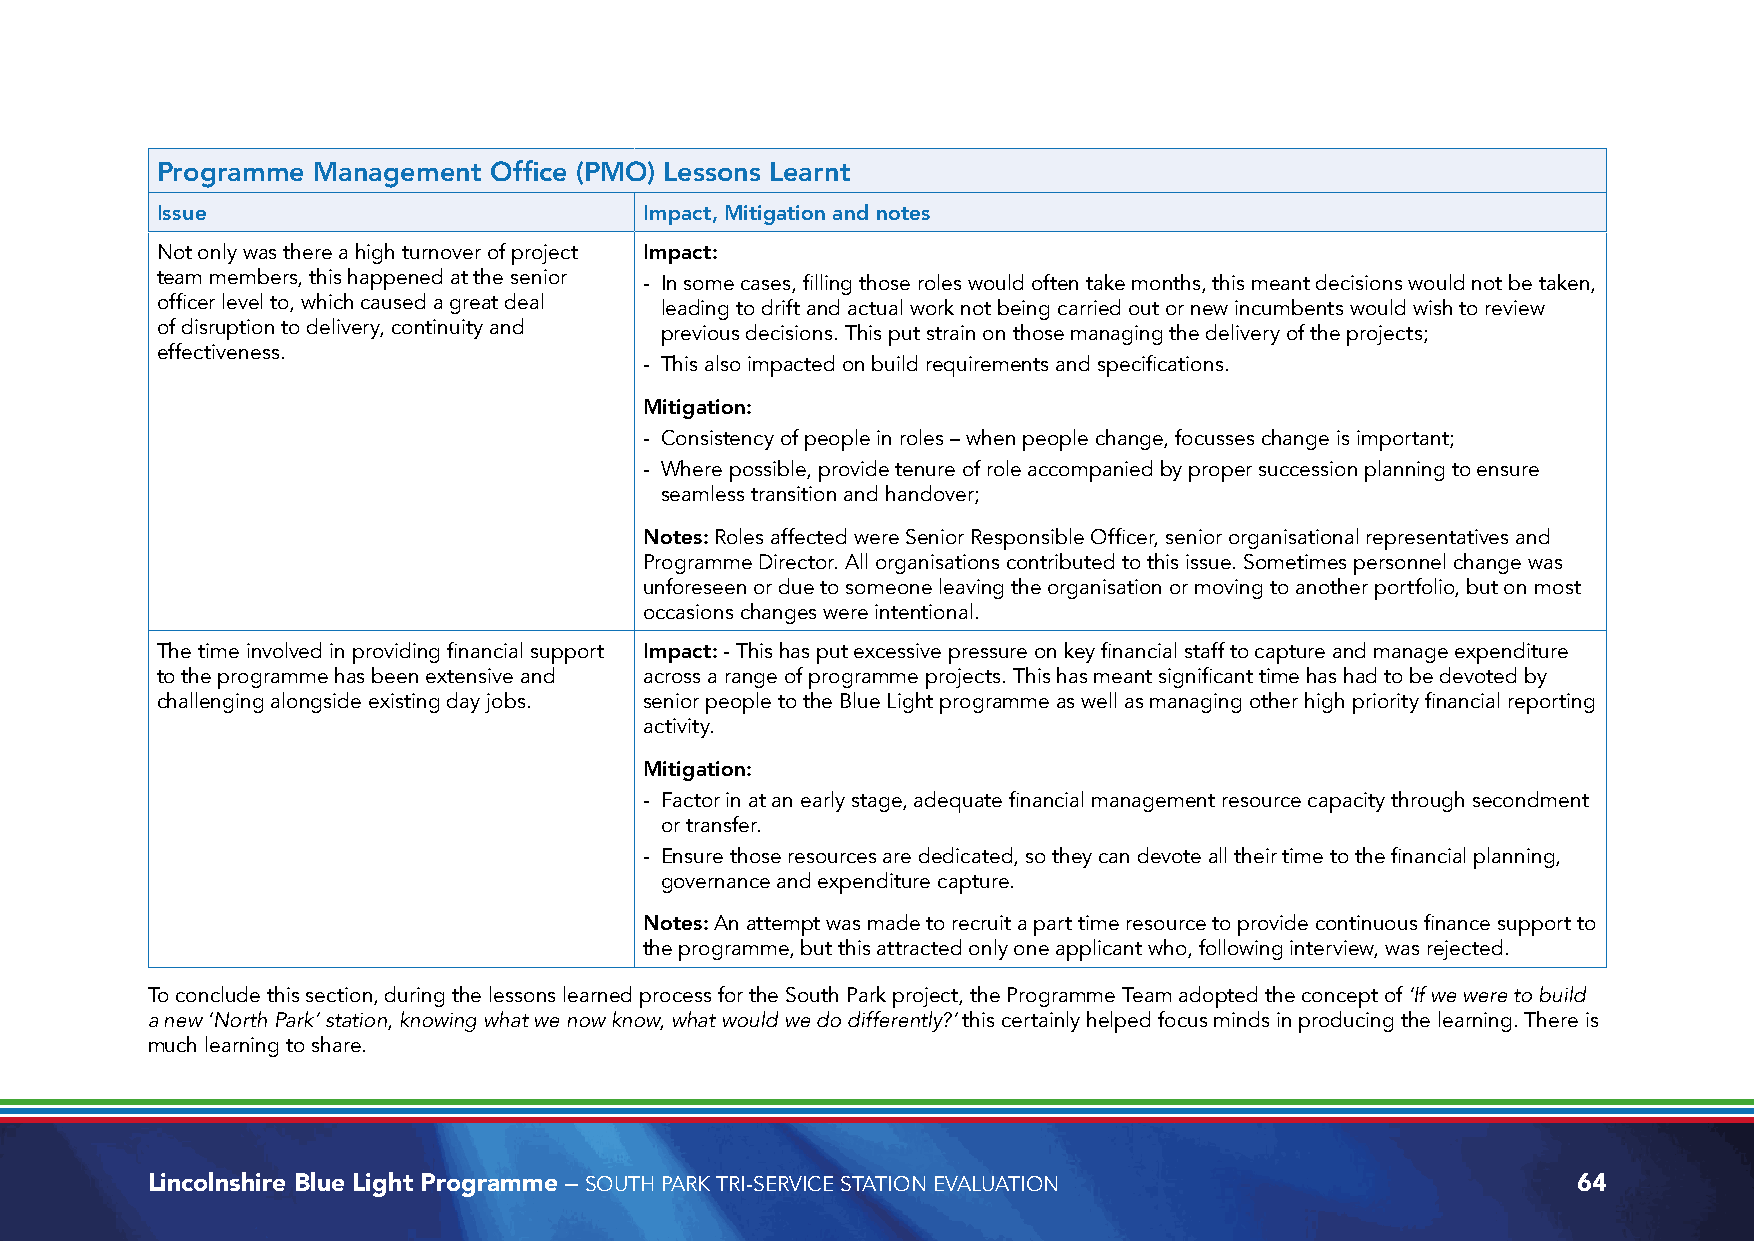
Programme  Management Office (PMO) Lessons Learnt
 Issue                            Impact, Mitigation and notes
 Not only was there a high turnover of project Impact:
 team members, this happened at the senior - In some cases, filling those roles would often take months, this meant decisions would not be taken,
 officer level to, which caused a great deal leading to drift and actual work not being carried out or new incumbents would wish to review
 of disruption to delivery, continuity and previous decisions. This put strain on those managing the delivery of the projects;
 effectiveness.
 - This also impacted on build requirements and specifications.
 Mitigation:
 - Consistency of people in roles – when people change, focusses change is important;
 - Where possible, provide tenure of role accompanied by proper succession planning to ensure
 seamless transition and handover;
 Notes: Roles affected were Senior Responsible Officer, senior organisational representatives and
 Programme Director. All organisations contributed to this issue. Sometimes personnel change was
 unforeseen or due to someone leaving the organisation or moving to another portfolio, but on most
 occasions changes were intentional.
 The time involved in providing financial support Impact: - This has put excessive pressure on key financial staff to capture and manage expenditure
 to the programme has been extensive and across a range of programme projects. This has meant significant time has had to be devoted by
 challenging alongside existing day jobs. senior people to the Blue Light programme as well as managing other high priority financial reporting
 activity.
 Mitigation:
 - Factor in at an early stage, adequate financial management resource capacity through secondment
 or transfer.
 - Ensure those resources are dedicated, so they can devote all their time to the financial planning,
 governance and expenditure capture.
 Notes: An attempt was made to recruit a part time resource to provide continuous finance support to
 the programme, but this attracted only one applicant who, following interview, was rejected.
 To conclude this section, during the lessons learned process for the South Park project, the Programme Team adopted the concept of ‘If we were to build
 a new ‘North Park’ station, knowing what we now know, what would we do differently?’ this certainly helped focus minds in producing the learning. There is
 much learning to share.
 Lincolnshire Blue Light Programme – SOUTH PARK TRI-SERVICE STATION EVALUATION                 64